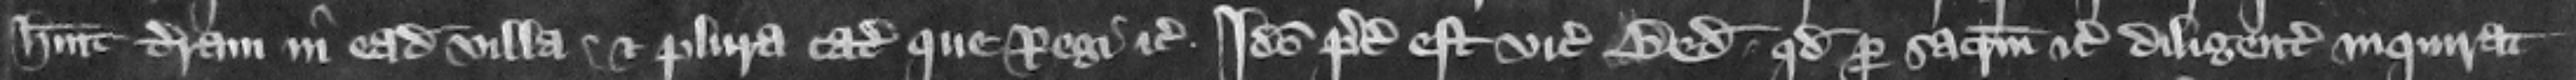
habit terram in eadem villa et plura catalla que regi etc. Ideo preceptum est vicecomiti Bedford quod per sacramentum etc. diligenter inquirat